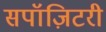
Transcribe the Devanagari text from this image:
सपॉज़िटरी